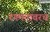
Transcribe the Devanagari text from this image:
रंगमंचावरच